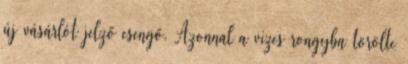
új vásárlót jelző csengő. Azonnal a vizes rongyba törölte